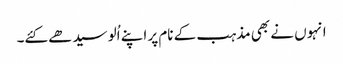
انہوں نے بھی مذہب کے نام پر اپنے اُلو سیدھے کئے۔